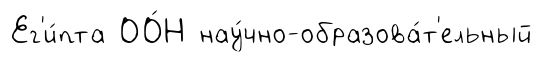
Ег'и́пта ОО́Н нау́чно-образова́т'ельный